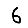
Digit: 6